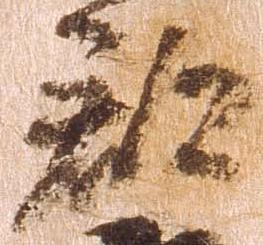
郡